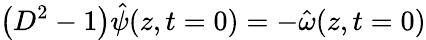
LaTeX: \big(D^{2}-1\big)\hat{\psi}(z,t=0)=-\hat{\omega}(z,t=0)